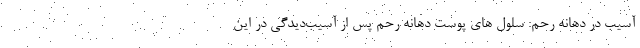
آسیب در دهانه رحم: سلول های پوست دهانه رحم پس از آسیب‌دیدگی در این